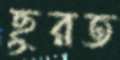
ছুরত